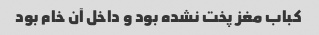
کباب مغز پخت نشده بود و داخل آن خام بود